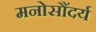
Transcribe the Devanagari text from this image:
मनोसौंदर्य